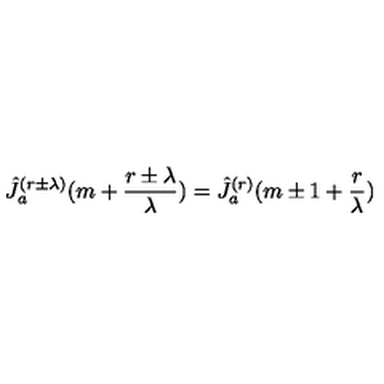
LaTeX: \hat { J } _ { a } ^ { ( r \pm \lambda ) } ( m + \frac { r \pm \lambda } { \lambda } ) = \hat { J } _ { a } ^ { ( r ) } ( m \pm 1 + \frac { r } { \lambda } )